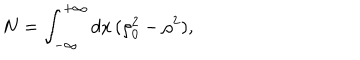
LaTeX: N = \int _ { - \infty } ^ { + \infty } d x \, ( \rho _ { 0 } ^ { 2 } - \rho ^ { 2 } ) ,